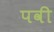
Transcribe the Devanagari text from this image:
पवी